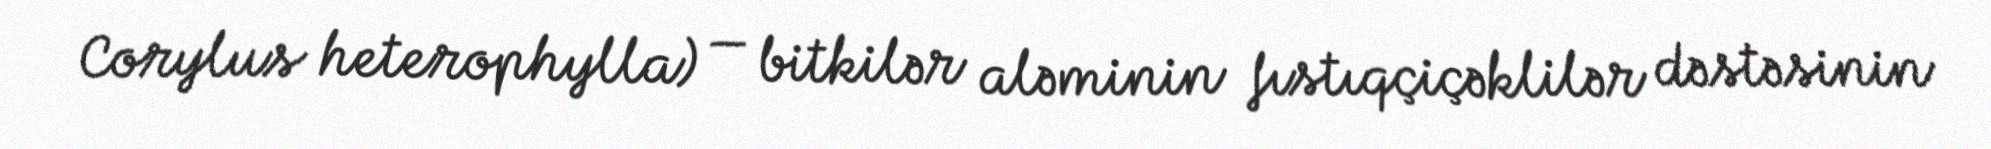
Corylus heterophylla) — bitkilər aləminin fıstıqçiçəklilər dəstəsinin